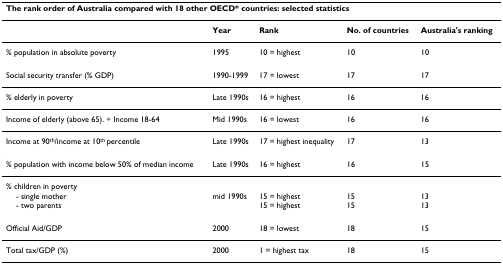
| <COLSPAN=5> The rank order of Australia compared with 18 other OECD* countries: selected statistics |
 | --- | --- | --- | --- | --- |
 |  | Year | Rank | No. of countries | Australia's ranking |
 | % population in absolute poverty | 1995 | 10 = highest | 10 | 10 |
 | Social security transfer (% GDP) | 1990-1999 | 17 = lowest | 17 | 17 |
 | % elderly in poverty | Late 1990s | 16 = highest | 16 | 16 |
 | Income of elderly (above 65). ÷ Income 18-64 | Mid 1990s | 16 = lowest | 16 | 16 |
 | Income at 90th/income at 10th percentile | Late 1990s | 17 = highest inequality | 17 | 13 |
 | % population with income below 50% of median income | Late 1990s | 16 = highest | 16 | 15 |
 | % children in poverty |  |  |  |  |
 | - single mother- two parents | mid 1990s | 15 = highest15 = highest | 1515 | 1313 |
 | Official Aid/GDP | 2000 | 18 = lowest | 18 | 15 |
 | Total tax/GDP (%) | 2000 | 1 = highest tax | 18 | 15 |